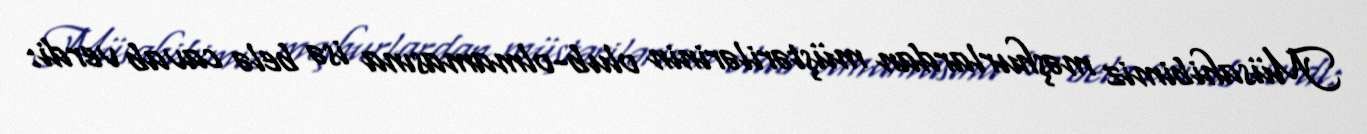
Müsahibimiz məşhurlardan müştərilərinin olub-olmamasına isə belə cavab verdi: